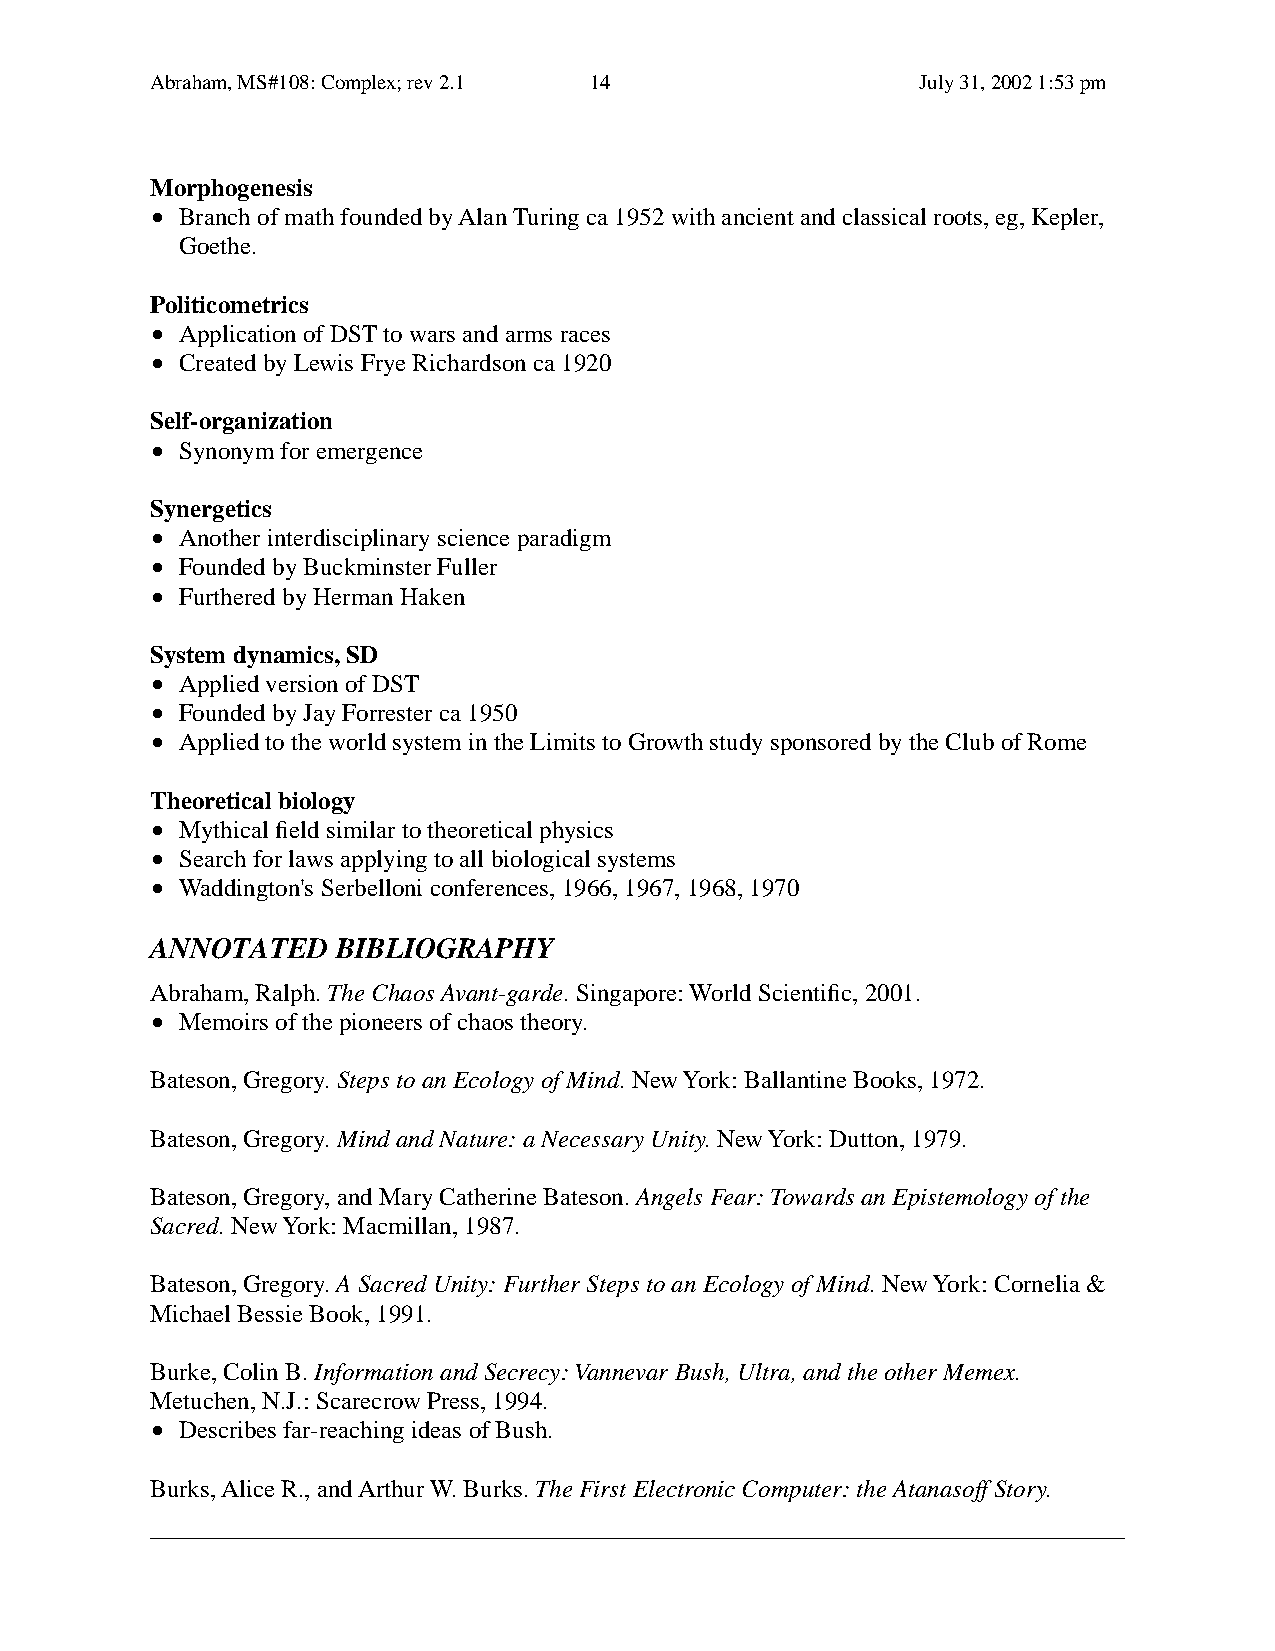
Abraham, MS#108: Complex; rev 2.1 14               July 31, 2002 1:53 pm
 Morphogenesis
 • Branch of math founded by Alan Turing ca 1952 with ancient and classical roots, eg, Kepler,
 Goethe.
 Politicometrics
 • Application of DST to wars and arms races
 • Created by Lewis Frye Richardson ca 1920
 Self-organization
 • Synonym for emergence
 Synergetics
 • Another interdisciplinary science paradigm
 • Founded by Buckminster Fuller
 • Furthered by Herman Haken
 System dynamics, SD
 • Applied version of DST
 • Founded by Jay Forrester ca 1950
 • Applied to the world system in the Limits to Growth study sponsored by the Club of Rome
 Theoretical biology
 • Mythical field similar to theoretical physics
 • Search for laws applying to all biological systems
 • Waddington's Serbelloni conferences, 1966, 1967, 1968, 1970
 ANNOTATED    BIBLIOGRAPHY
 Abraham, Ralph. The Chaos Avant-garde. Singapore: World Scientific, 2001.
 • Memoirs of the pioneers of chaos theory.
 Bateson, Gregory. Steps to an Ecology of Mind. New York: Ballantine Books, 1972.
 Bateson, Gregory. Mind and Nature: a Necessary Unity. New York: Dutton, 1979.
 Bateson, Gregory, and Mary Catherine Bateson. Angels Fear: Towards an Epistemology of the
 Sacred. New York: Macmillan, 1987.
 Bateson, Gregory. A Sacred Unity: Further Steps to an Ecology of Mind. New York: Cornelia &
 Michael Bessie Book, 1991.
 Burke, Colin B. Information and Secrecy: Vannevar Bush, Ultra, and the other Memex.
 Metuchen, N.J.: Scarecrow Press, 1994.
 • Describes far-reaching ideas of Bush.
 Burks, Alice R., and Arthur W. Burks. The First Electronic Computer: the Atanasoff Story.